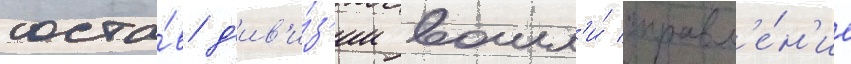
соста́в д'ив'и́з'ии вошл'и́ управл'е́н'ие